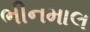
ભીનમાલ